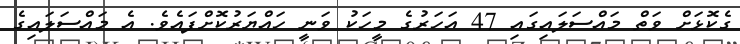
ގެކޮޅަށް ވަތް މައްސަލައިގައި 47 އަހަރުގެ މީހަކު ވަނީ ހައްޔަރުކޮށްފައެވެ. އެ މައްސަލައިގެ